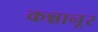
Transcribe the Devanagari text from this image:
कन्नानूर